Reports on dispensaries and lunatic asylums in the Province of Oudh - 1869-1876
Year: 1869
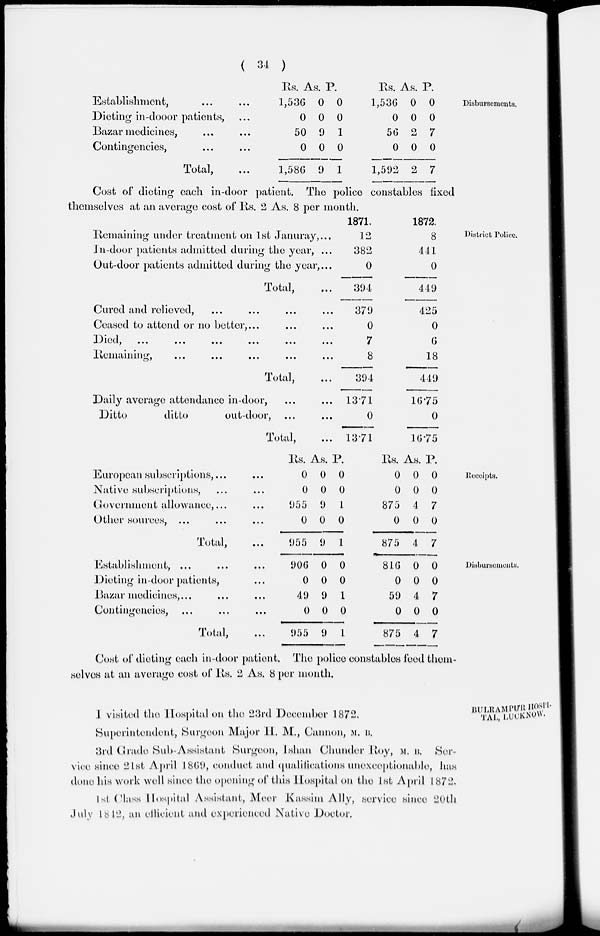
( 34 )
Disbursements.
Establishment, ... ...
Dieting in-dooor patients, ...
Bazar medicines, ... ...
Contingencies, ... ...
Total, ...
Rs.
1,536
0
50
0
1,586
As.
0
0
9
0
9
P.
0
0
1
0
1
Rs.
1,536
0
56
0
1,592
As.
0
0
2
0
2
P.
0
0
7
0
7
Cost of dieting each in-door patient. The police constables fixed
themselves at an average cost of Rs. 2 As. 8 per month.
District Police.
Remaining under treatment on 1st Januray, ...
in-door patients admitted during the year, ...
Out-door patients admitted during the year, ...
Total, ...
Cured and relieved, ... ... ... ...
Ceased to attend or no better, ... ... ...
Died, ... ... ... ... ... ...
Remaining, ... ... ... ... ...
Total, ...
Daily average attendance in-door, ... ...
Ditto
ditto
out-door, ... ...
Total, ...
1871.
12
382
0
394
379
0
7
8
394
13.71
0
13.71
1872.
8
441
0
449
425
0
6
18
449
16.75
0
16.75
Receipts.
European subscriptions, ... ...
Native subscriptions, ... ...
Government allowance, ... ...
Other sources, ... ... ...
Total, ...
Rs.
0
0
955
0
955
As.
0
0
9
0
9
P.
0
0
1
0
1
Rs.
0
0
875
0
875
As.
0
0
4
0
4
P.
0
0
7
0
7
Disbursements.
Establishment, ... ... ...
Dieting in-door patients, ...
Bazar medicines, ... ... ...
Contingencies, ... ... ...
Total, ...
906
0
49
0
955
0
0
9
0
9
0
0
1
0
1
816
0
59
0
875
0
0
4
0
4
0
0
7
0
7
Cost of dieting each in-door patient. The police constables feed them-
selves at an average cost of Rs. 2 As. 8 per month.
BULRAMPUR HOSPI-
TAL LUCKNOW.
I visited the Hospital on the 23rd December 1872.
Superintendent, Surgeon Major H. M., Cannon, M. B.
3rd Grade Sub-Assistant Surgeon, Ishan Chunder Roy, M. B. Ser-
vice since 21st April 1869, conduct and qualifications unexceptionable, has
done his work well since the opening of this Hospital on the 1st April 1872.
1st Class Hospital Assistant, Meer Kassim Ally, service since 20th
July 1812, an efficient and experienced Native Doctor.